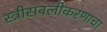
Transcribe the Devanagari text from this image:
स्त्रीसबलीकरणाचा